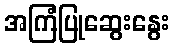
အကြံပြုဆွေးနွေး